Annual administration report of the Civil Veterinary Department, Ajmere-Merwara, British Rajputana - 1914-1940
Year: 1914
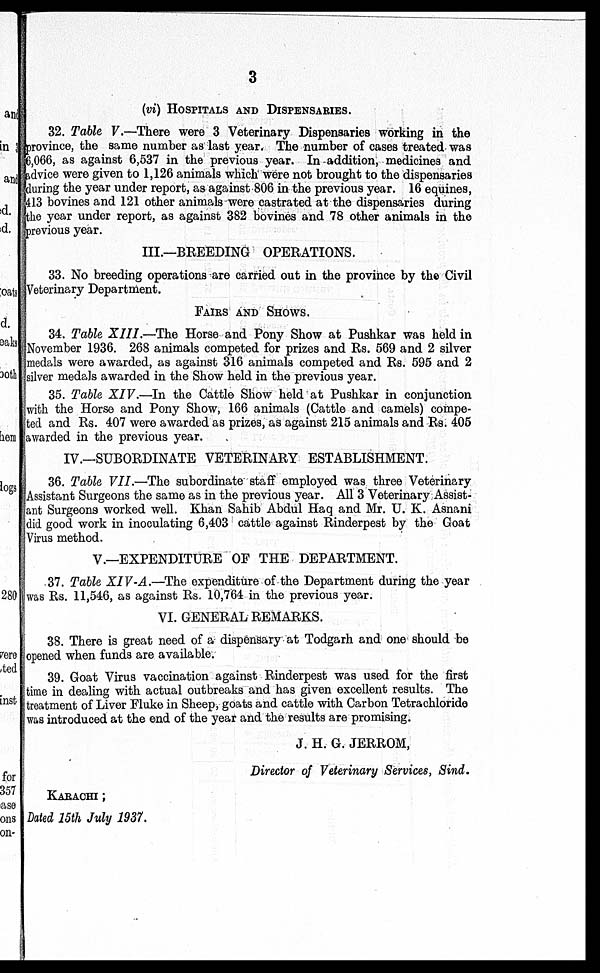
3
(vi) HOSPITALS AND DISPENSARIES.
32. Table V.—There were 3 Veterinary Dispensaries working in the
province, the same number as last year. The number of cases treated was
6,066, as against 6,537 in the previous year. In addition, medicines and
advice were given to 1,126 animals which were not brought to the dispensaries
during the year under report, as against 806 in the previous year. 16 equines,
413 bovines and 121 other animals were castrated at the dispensaries during
the year under report, as against 382 bovines and 78 other animals in the
previous year.
III.—BREEDING OPERATIONS.
33. No breeding operations are carried out in the province by the Civil
Veterinary Department.
FAIRS AND SHOWS.
34. Table XIII.—The Horse and Pony Show at Pushkar was held in
November 1936. 268 animals competed for prizes and Rs. 569 and 2 silver
medals were awarded, as against 316 animals competed and Rs. 595 and 2
silver medals awarded in the Show held in the previous year.
35. Table XIV.—In the Cattle Show held at Pushkar in conjunction
with the Horse and Pony Show, 166 animals (Cattle and camels) compe-
ted and Rs. 407 were awarded as prizes, as against 215 animals and Rs. 405
awarded in the previous year.
IV.—SUBORDINATE VETERINARY ESTABLISHMENT.
36. Table VII.—The subordinate staff employed was three Veterinary
Assistant Surgeons the same as in the previous year. All 3 Veterinary Assist-
ant Surgeons worked well. Khan Sahib Abdul Haq and Mr. U. K. Asnani
did good work in inoculating 6,403 cattle against Rinderpest by the Goat
Virus method.
V.—EXPENDITURE OF THE DEPARTMENT.
37. Table XIV-A.—The expenditure of the Department during the year
was Rs. 11,546, as against Rs. 10,764 in the previous year.
VI. GENERAL REMARKS.
38. There is great need of a dispensary at Todgarh and one should be
opened when funds are available.
39. Goat Virus vaccination against Rinderpest was used for the first
time in dealing with actual outbreaks and has given excellent results. The
treatment of Liver Fluke in Sheep, goats and cattle with Carbon Tetrachloride
was introduced at the end of the year and the results are promising.
J. H. G. JERROM,
Director of Veterinary Services, Sind.
KARACHI ;
Dated 15th July 1937.